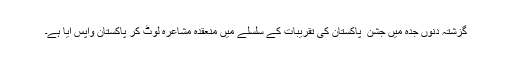
گزشتہ دنوں جدّہ میں جشن ِ پاکستان کی تقریبات کے سلسلے میں منعقدہ مشاعرہ لوٹ کر پاکستان واپس آیا ہے۔